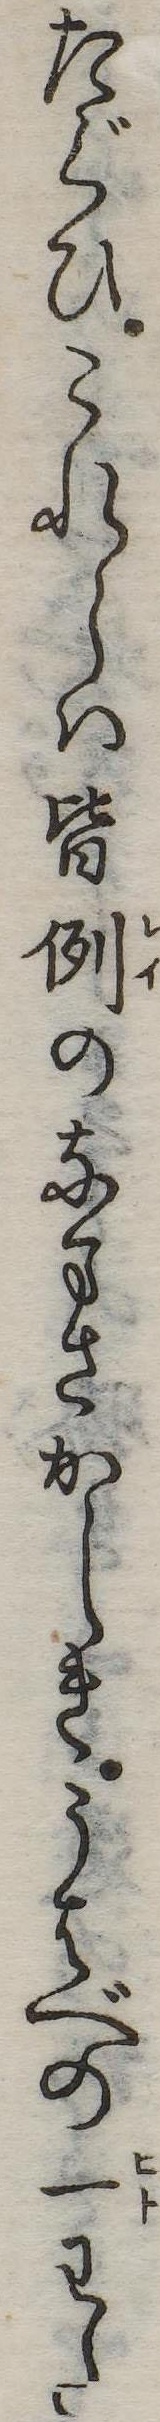
たぐひこれらは皆例のなまさかしきうはべの一わた